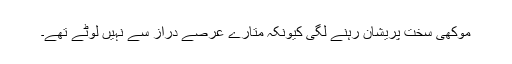
موکھی سخت پریشان رہنے لگی کیونکہ متارے عرصے دراز سے نہیں لوٹے تھے۔